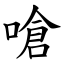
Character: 嗆